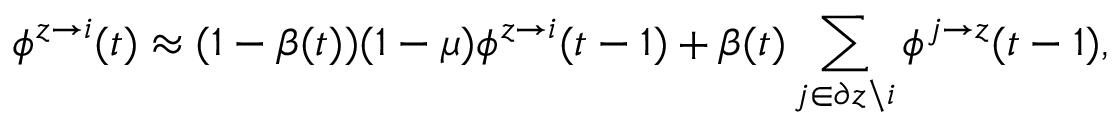
\phi ^ { z \rightarrow i } ( t ) \approx ( 1 - \beta ( t ) ) ( 1 - \mu ) \phi ^ { z \rightarrow i } ( t - 1 ) + \beta ( t ) \sum _ { j \in \partial z \backslash i } { \phi ^ { j \rightarrow z } ( t - 1 ) } ,